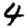
Digit: 4